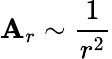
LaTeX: \mathbf{A}_{r}\sim\frac{{1}}{{r^{2}}}